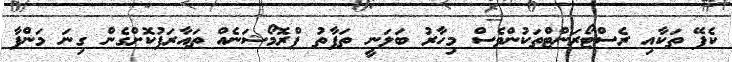
ކެފޭ ތަކާއި ރެސްޓޯރަންޓްތަކުންވެސް މިހާރު ބަލަނީ ތަފާތު ޕްރޮމޯޝަނެއް ތައާރަފުކޮށްގެން ގިނަ މަންފާ